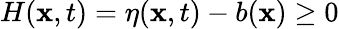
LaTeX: H(\mathbf{x},t)=\eta(\mathbf{x},t)-b(\mathbf{x})\geq 0